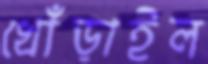
খোঁড়াইল